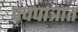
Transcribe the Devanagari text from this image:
पंचपात्रात